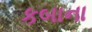
કબાના